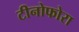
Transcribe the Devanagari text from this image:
टीनोफोरा